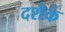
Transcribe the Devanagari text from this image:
दशैकं